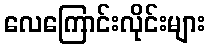
လေကြောင်းလိုင်းများ